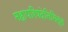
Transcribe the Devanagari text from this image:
महापरिषदेनिमित्त